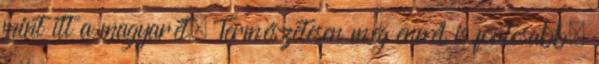
mint itt a magyarét. Természetesen még ennél is fontosabb,